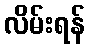
လိမ်းရန်